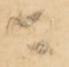
ニ